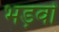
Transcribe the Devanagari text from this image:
भड़वों